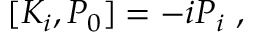
[ K _ { i } , P _ { 0 } ] = - i P _ { i } ~ ,